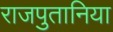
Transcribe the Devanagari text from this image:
राजपुतानिया